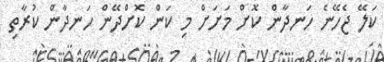
ކަލޭ ޖެހޭނެ ހަނދާން ކޮށް މަށަށް މި ކަން ކޮށްދޭން ހަނދާން ކުރާތި